Civil Veterinary Dept. North-West Frontier Province 1901-22 - 1901-1922
Year: 1901
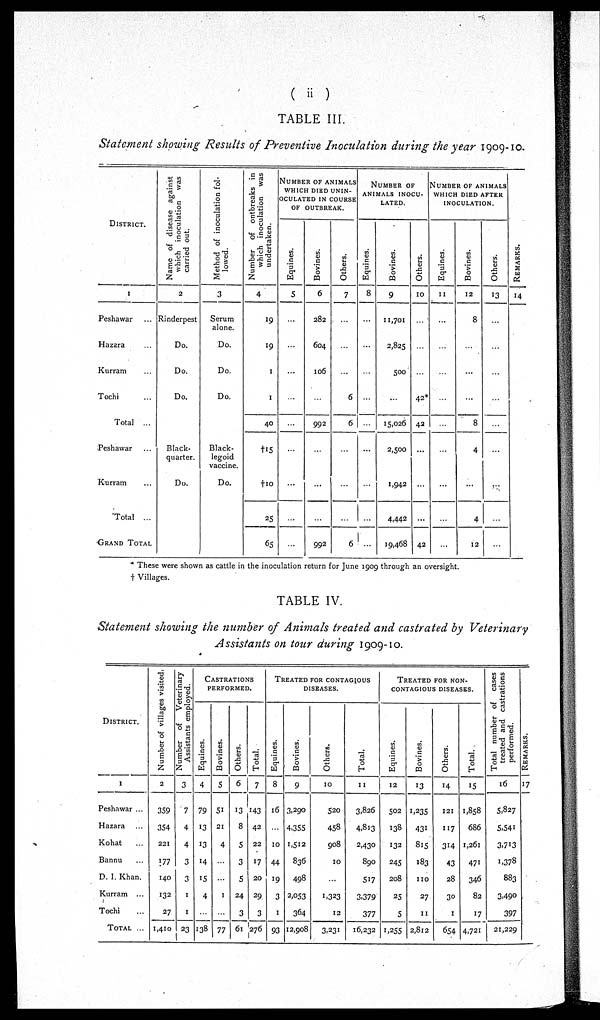
(ii)
TABLE III.
Statement showing Results of Preventive Inoculation during the year 1909-10.
DISTRICT.
1
Peshawar ...
Hazara ...
Kurram ...
Tochi ...
Total ...
Peshawar ...
Kurram ...
Total ...
GRAND TOTAL
Name of disease against
which inoculation was
carried out.
2
Rinderpest
Do.
Do.
Do.
Black-
quarter.
Do.
Method of inoculation fol-
lowed.
3
Serum
alone.
Do.
Do.
Do.
Black-
legoid
vaccine.
Do.
Number of ontbreaks in
which inoculation was
undertaken.
4
19
19
1
1
40
†15
†10
25
65
NUMBER OF ANIMALS
WHICH DIED UNIN-
OCULATED IN COURSE
OF OUTBREAK.
Equines.
5
...
...
...
...
...
...
...
...
...
Bovines.
6
282
604
106
...
992
...
...
...
992
Others.
7
...
...
...
6
6
...
...
...
6
NUMBER OF
ANIMALS
INOCU-
LATED.
Equines.
8
...
...
...
...
...
...
...
...
...
Bovines.
9
11,701
2,825
500
...
15,026
2,500
1,942
4,442
19,468
Others.
10
...
...
...
42*
42
...
...
...
42
NUMBER OF ANIMALS
WHICH DIED AFTER
INOCULATION.
Equines.
11
...
...
...
...
...
...
...
...
...
Bovines.
12
8
...
...
...
8
4
...
4
12
Others.
13
...
...
...
...
...
...
...
...
...
REMARKS.
14
* These were shown as cattle in the inoculation return for June 1909 through an oversight.
† Villages.
TABLE IV.
Statement showing the number of Animals treated and castrated by Veterinary
Assistants on tour during 1909-10.
DISTRICT.
1
Peshawar ...
Hazara ...
Kohat ...
Bannu ...
D. I. Khan.
Kurram ...
Tochi ...
TOTAL ...
Number of villages visited.
2
359
354
221
177
140
132
27
1,410
Number of
Veterinary
Assistants employed.
3
7
4
4
3
3
1
1
23
CASTRATIONS
PERFORMED.
Equines.
4
79
13
13
14
15
4
...
138
Bovines.
5
51
21
4
...
...
1
...
77
Others.
6
13
8
5
3
5
24
3
61
Total.
7
143
42
22
17
20
29
3
276
TREATED FOR CONTAGIOUS
DISHASES.
Equines.
8
16
...
10
44
19
3
1
93
Bovines.
9
3,290
4,355
1,512
836
498
2,053
364
12,908
Others.
10
520
458
908
10
...
1,323
12
3,231
Total.
11
3,826
4,813
2,430
890
517
3,379
377
16,232
TREATED FOR NON-
CONTAGIOUS DISEASES.
Equines.
12
502
138
132
245
208
25
5
1,255
Bovines.
13
1,235
431
815
183
110
27
11
2,812
Others.
14
121
117
314
43
28
30
1
654
Total.
15
1,858
686
1,261
471
346
82
17
4,721
Total number of cases
treated and castrations
performed.
16
5,827
5,541
3,713
1,378
883
3,490
397
21,229
RE MARKS .
17